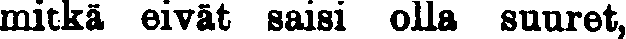
mitkä eivät saisi olla suuret,